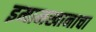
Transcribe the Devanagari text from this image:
इमामखानाचा